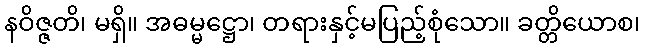
နဝိဇ္ဇတိ၊ မရှိ။ အဓမ္မဋ္ဌော၊ တရားနှင့်မပြည့်စုံသော။ ခတ္တိယောစ၊